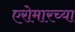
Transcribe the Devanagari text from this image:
एरोमारच्या